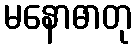
မနောဓာတု